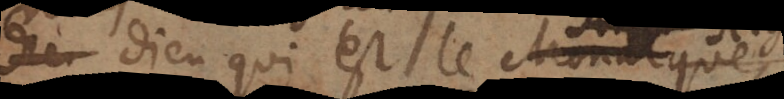
Dieu qui est le Monarque